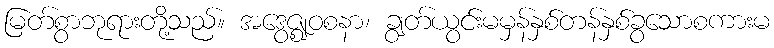
မြတ်စွာဘုရားတို့သည်။ အဒွေဇ္ဈဝစနာ၊ ချွတ်ယွင်းမမှန်နှစ်တန်နှစ်ခွသောစကားမ